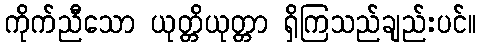
ကိုက်ညီသော ယုတ္တိယုတ္တာ ရှိကြသည်ချည်းပင်။